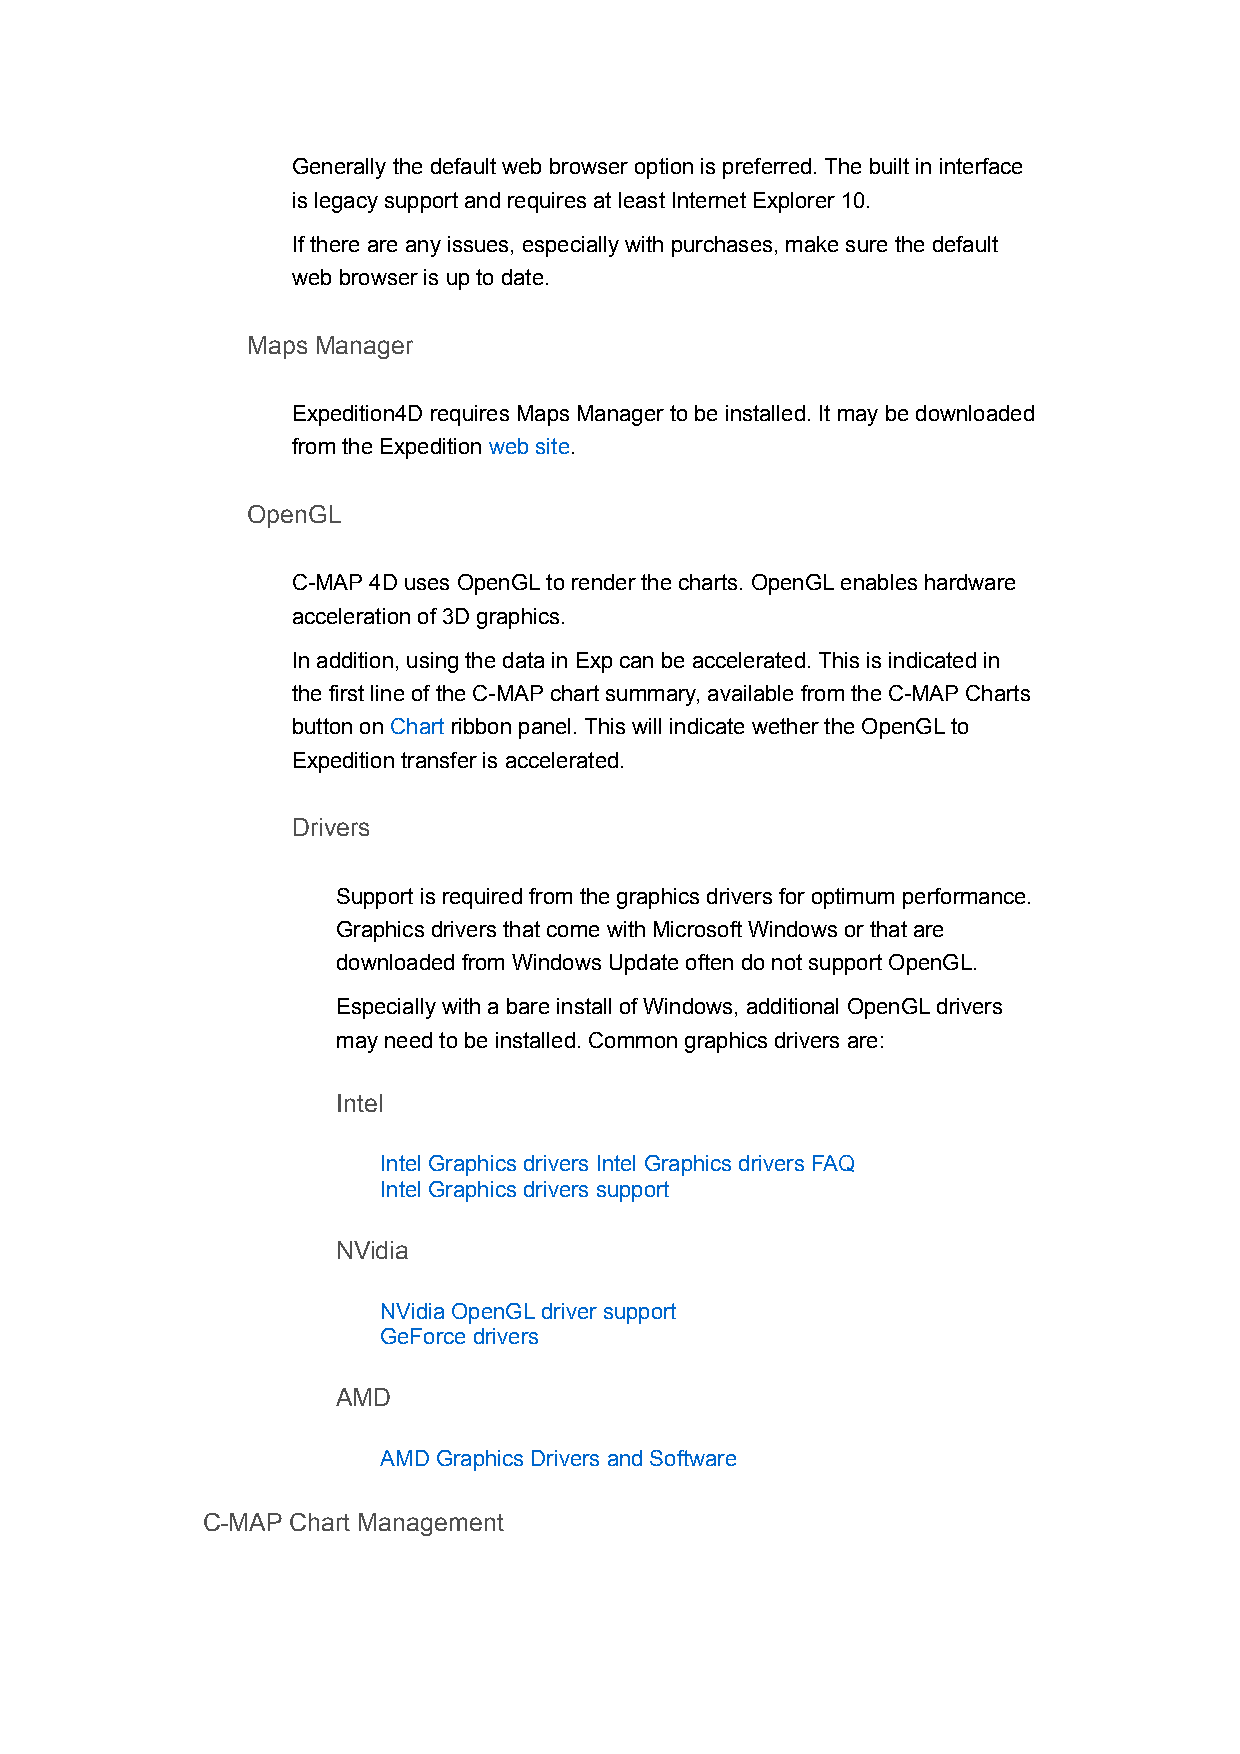
Generally the default web browser option is preferred. The built in interface
 is legacy support and requires at least Internet Explorer 10.
 If there are any issues, especially with purchases, make sure the default
 web browser is up to date.
 Maps Manager
 Expedition4D requires Maps Manager to be installed. It may be downloaded
 from the Expedition web site.
 OpenGL
 C-MAP 4D uses OpenGL to render the charts. OpenGL enables hardware
 acceleration of 3D graphics.
 In addition, using the data in Exp can be accelerated. This is indicated in
 the first line of the C-MAP chart summary, available from the C-MAP Charts
 button on Chart ribbon panel. This will indicate wether the OpenGL to
 Expedition transfer is accelerated.
 Drivers
 Support is required from the graphics drivers for optimum performance.
 Graphics drivers that come with Microsoft Windows or that are
 downloaded from Windows Update often do not support OpenGL.
 Especially with a bare install of Windows, additional OpenGL drivers
 may need to be installed. Common graphics drivers are:
 Intel
 Intel Graphics drivers Intel Graphics drivers FAQ
 Intel Graphics drivers support
 NVidia
 NVidia OpenGL driver support
 GeForce drivers
 AMD
 AMD Graphics Drivers and Software
 C-MAP Chart Management